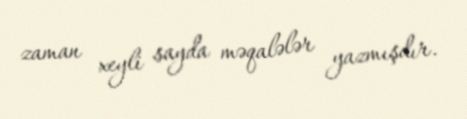
zaman xeyli sayda məqalələr yazmışdır.